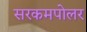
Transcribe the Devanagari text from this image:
सरकमपोलर